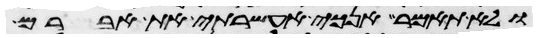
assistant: ולא תאמר אנכי אעשרתי את אברם